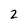
Character: 2